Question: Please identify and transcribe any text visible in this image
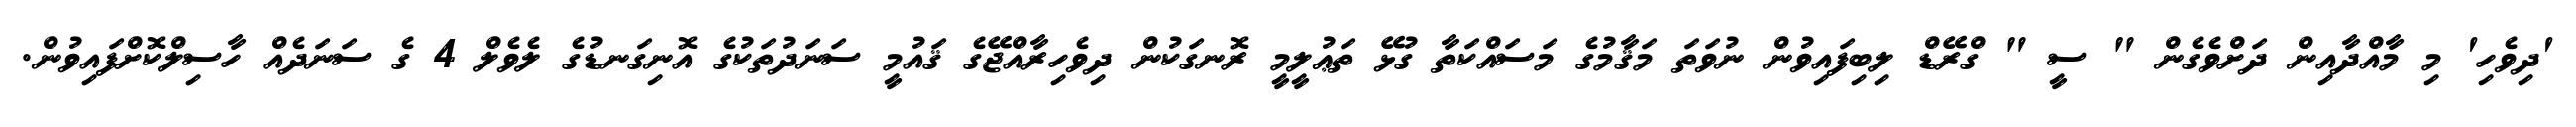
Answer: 'ދިވެހި' މި މާއްދާއިން ދަށްވެގެން " ސީ " ގްރޭޑް ލިބިފައިވުން ނުވަތަ މަޤާމުގެ މަސައްކަތާ ގުޅޭ ތަޢުލީމީ ރޮނގަކުން ދިވެހިރާއްޖޭގެ ޤައުމީ ސަނަދުތަކުގެ އޮނިގަނޑުގެ ލެވެލް 4 ގެ ސަނަދެއް ހާސިލްކޮށްފައިވުން.